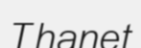
Thanet